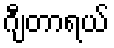
ဂျီတာရယ်